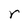
Character: r